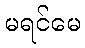
မရင်မေ